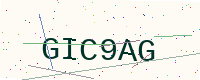
Text: GIC9AG